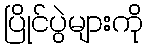
ပြိုင်ပွဲများကို